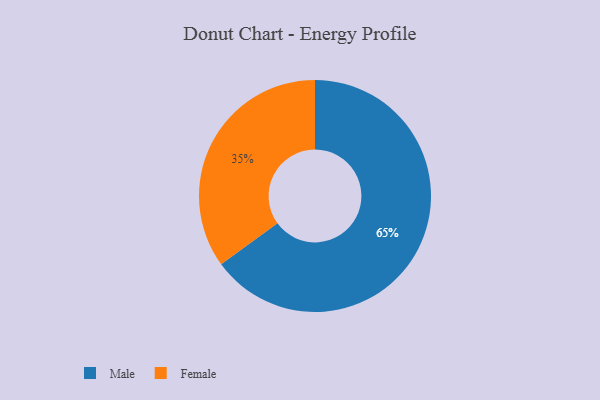
{"axis": {"x": "Category", "y": "Percentage"}, "legend": ["Female", "Male"], "data": [{"x": "Male", "y": 65, "type": "Male"}, {"x": "Female", "y": 35, "type": "Female"}]}